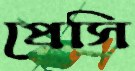
প্রেসি